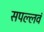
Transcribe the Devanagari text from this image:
सपल्लवं